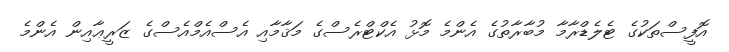
އޮފީސްތަކުގެ ޓެލެޑްރާމާ މުބާރާތުގެ އެންމެ މޮޅު އެކްޓްރެސްގެ މަޤާމާއި އެސްއެމްއެސްގެ ޒަރީޢާއިން އެންމެ